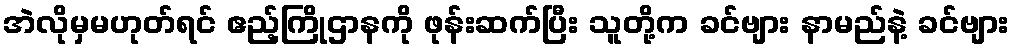
အဲလိုမှမဟုတ်ရင် ဧည့်ကြိုဌာနကို ဖုန်းဆက်ပြီး သူတို့က ခင်ဗျား နာမည်နဲ့ ခင်ဗျား